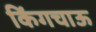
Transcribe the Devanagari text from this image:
किंगचाऊ